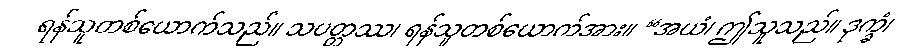
ရန်သူတစ်ယောက်သည်။ သပတ္တဿ၊ ရန်သူတစ်ယောက်အား။ “အယံ၊ ဤသူသည်။ ဒုက္ခံ၊